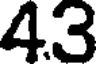
4.3